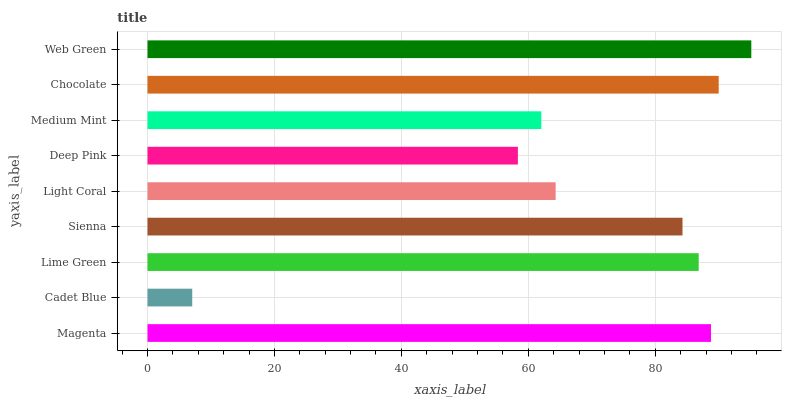
| yaxis_label | bars |
 | --- | --- |
 | Magenta | 88.8 |
 | Cadet Blue | 7.05 |
 | Lime Green | 86.8 |
 | Sienna | 84.3 |
 | Light Coral | 64.3 |
 | Deep Pink | 58.4 |
 | Medium Mint | 62 |
 | Chocolate | 90 |
 | Web Green | 95.1 |